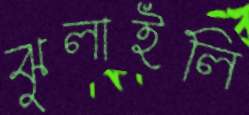
ঝুলাইলি